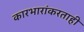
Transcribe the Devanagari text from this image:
कारभारांकरताही